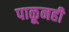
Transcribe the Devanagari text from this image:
पाळूनही